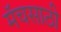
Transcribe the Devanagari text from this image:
मॅचसाठी